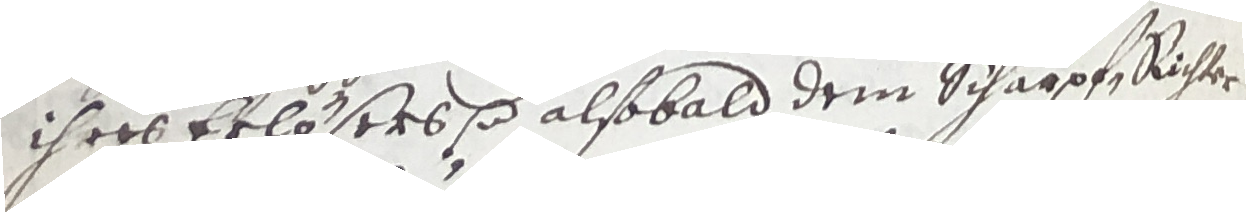
ihres erlösers etc. alsobald dem Scharpf Richter